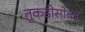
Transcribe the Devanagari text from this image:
तुकडीसोबत